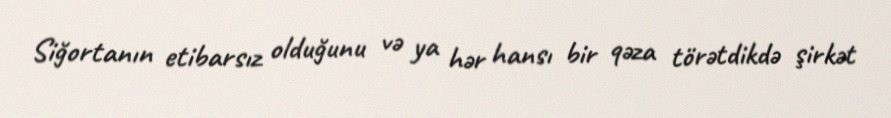
Siğortanın etibarsız olduğunu və ya hər hansı bir qəza törətdikdə şirkət